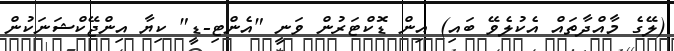
(ލޭގެ މާއްދާތައް އެކުލެވޭ ބައި) އިން ޑޮކްޓަރުން ވަނީ "އެންޓި-ޑީ" ކިޔާ އިންޖޭކްޝަނަކުން